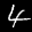
Label: 4